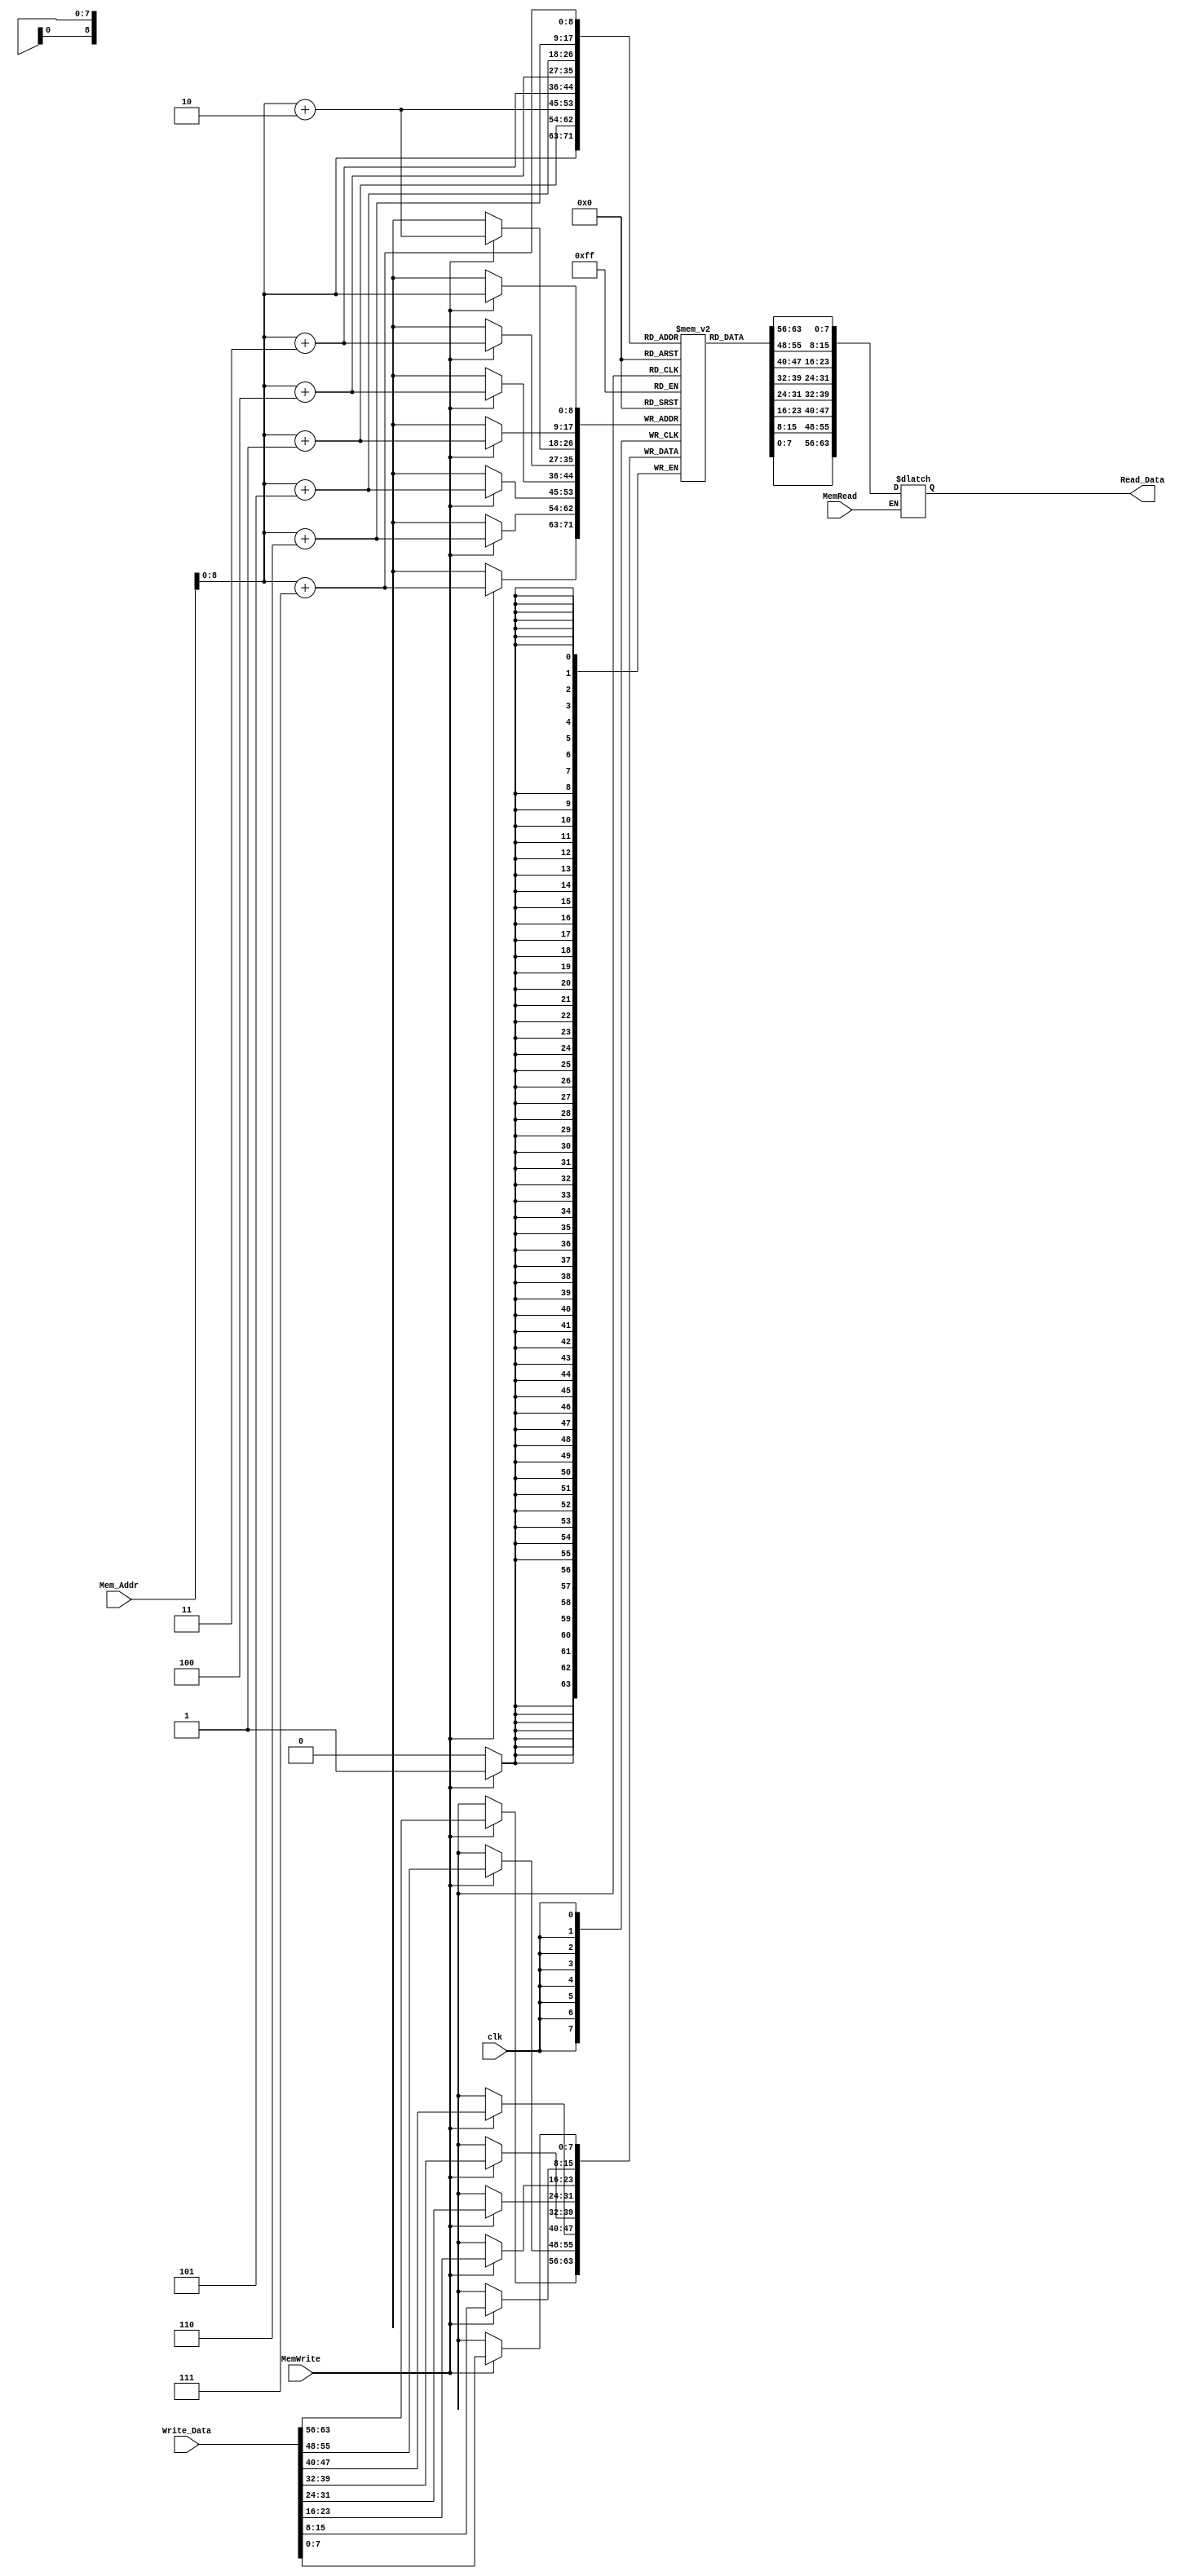
`timescale 1ns / 1ps

module Data_Memory(
input [63:0] Mem_Addr,
input[63:0] Write_Data,
input clk,
input MemWrite,
input MemRead,
output reg [63:0] Read_Data
);
reg [7:0] DM [511:0];

integer i;

initial
begin
    Read_Data <= 0;
    for (i = 0; i < 512; i = i + 1)
        DM[i] = 0;
    DM[256] = 8'd5;
    DM[264] = 8'd9;
    DM[272] = 8'd1;
    DM[280] = 8'd2;
    
end

always @(posedge clk)
begin
    if (MemWrite)
        {DM[Mem_Addr+7], DM[Mem_Addr+6], DM[Mem_Addr+5], DM[Mem_Addr+4], DM[Mem_Addr+3], DM[Mem_Addr+2], DM[Mem_Addr+1], DM[Mem_Addr]} <= Write_Data;
end

always @(*)
begin
    if (MemRead)
        Read_Data <= {DM[Mem_Addr+7], DM[Mem_Addr+6], DM[Mem_Addr+5], DM[Mem_Addr+4], DM[Mem_Addr+3], DM[Mem_Addr+2], DM[Mem_Addr+1], DM[Mem_Addr]};
end

endmodule